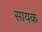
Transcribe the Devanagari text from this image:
सायक